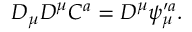
D _ { \mu } D ^ { \mu } C ^ { a } = D ^ { \mu } \psi _ { \mu } ^ { \prime a } .